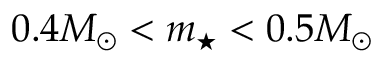
0 . 4 M _ { \odot } < m _ { \star } < 0 . 5 M _ { \odot }